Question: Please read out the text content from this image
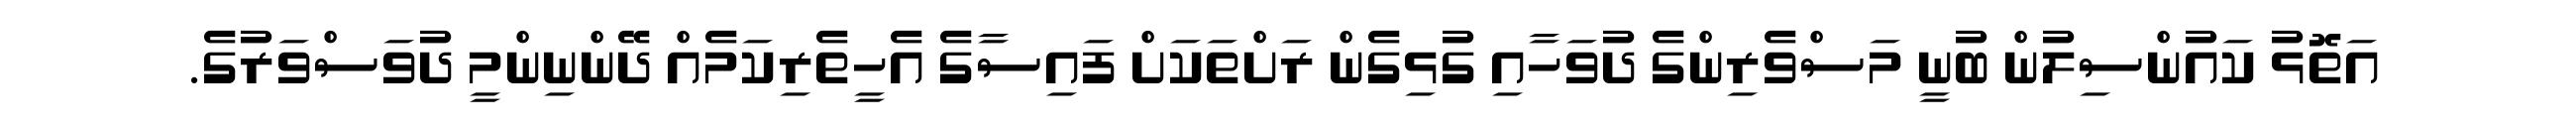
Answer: އަތޮޅު ކައުންސިލުން ބުނީ މަސްވެރިންގެ ދުވަހާއި ގުޅިގެން ރަށްތަކަށް ފައިސާގެ އެހީތެރިކަމެއް ދޭންނިންމީ ދުވަސްވަރުގެ.